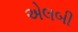
એલબી